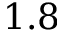
1 . 8